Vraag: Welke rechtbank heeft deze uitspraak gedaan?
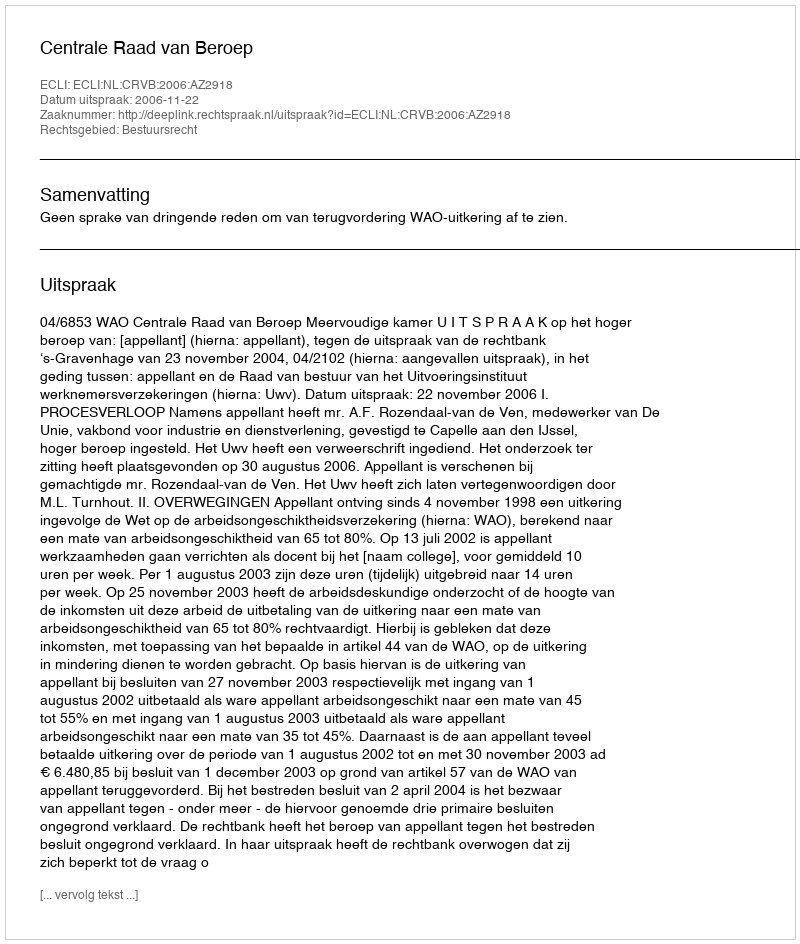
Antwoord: Centrale Raad van Beroep